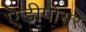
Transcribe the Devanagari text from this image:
ऐडीपोसर